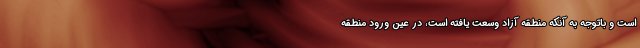
است و باتوجه به آنکه منطقه آزاد وسعت یافته است، در عین ورود منطقه